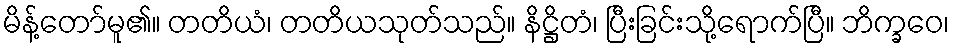
မိန့်တော်မူ၏။ တတိယံ၊ တတိယသုတ်သည်။ နိဋ္ဌိတံ၊ ပြီးခြင်းသို့ရောက်ပြီ။ ဘိက္ခဝေ၊